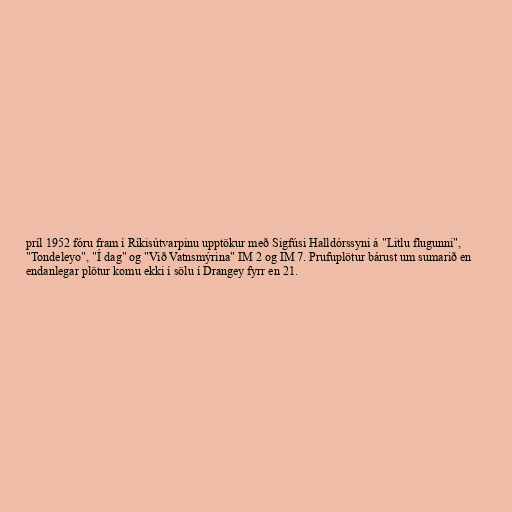
príl 1952 fóru fram í Ríkisútvarpinu upptökur með Sigfúsi Halldórssyni á "Litlu flugunni",
"Tondeleyo", "Í dag" og "Við Vatnsmýrina" IM 2 og IM 7. Prufuplötur bárust um sumarið en
endanlegar plötur komu ekki í sölu í Drangey fyrr en 21.